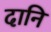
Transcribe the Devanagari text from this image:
दानि